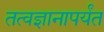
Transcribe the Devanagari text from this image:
तत्वज्ञानापर्यंत